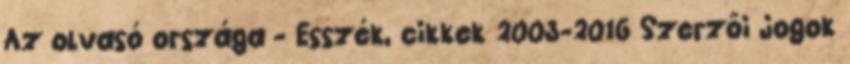
Az olvasó országa - Esszék, cikkek 2003-2016 Szerzői jogok